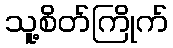
သူ့စိတ်ကြိုက်